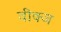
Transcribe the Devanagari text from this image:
वीक्ज